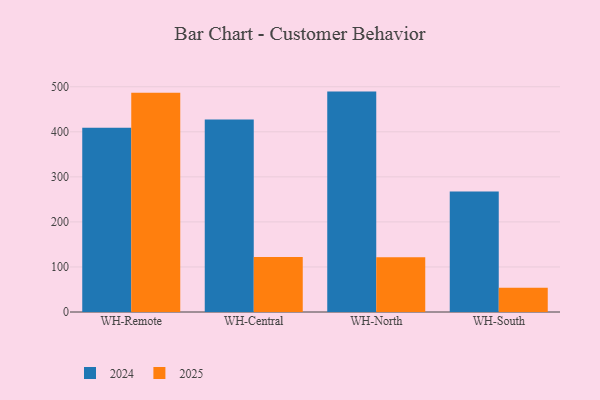
{"axis": {"x": "Warehouse", "y": "Churn Rate (%)"}, "legend": ["2024", "2025"], "data": [{"x": "WH-Remote", "y": 409.0, "type": "2024"}, {"x": "WH-Remote", "y": 486.7, "type": "2025"}, {"x": "WH-Central", "y": 427.1, "type": "2024"}, {"x": "WH-Central", "y": 122.3, "type": "2025"}, {"x": "WH-North", "y": 489.3, "type": "2024"}, {"x": "WH-North", "y": 121.7, "type": "2025"}, {"x": "WH-South", "y": 267.7, "type": "2024"}, {"x": "WH-South", "y": 54.1, "type": "2025"}]}